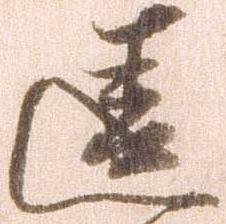
違